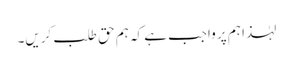
لہٰذا ہم پر واجب ہے کہ ہم حق طلب کریں۔